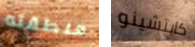
منطقته كابتشينو